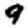
Digit: 9